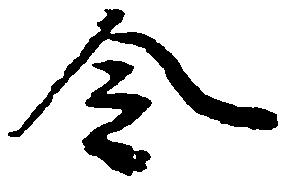
令